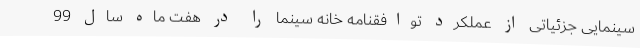
سینمایی جزئیاتی از عملکرد توافقنامه خانه سینما را در هفت ماه سال 99